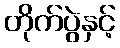
တိုက်ပွဲနှင့်